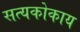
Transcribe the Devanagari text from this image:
सत्यकोकाय